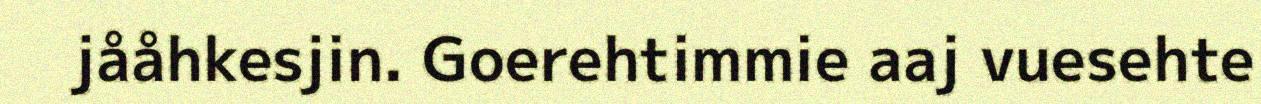
jååhkesjin. Goerehtimmie aaj vuesehte